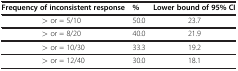
| Frequency of inconsistent response | % | Lower bound of 95% CI |
 | --- | --- | --- |
 | > or = 5/10 | 50.0 | 23.7 |
 | > or = 8/20 | 40.0 | 21.9 |
 | > or = 10/30 | 33.3 | 19.2 |
 | > or = 12/40 | 30.0 | 18.1 |